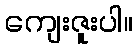
ကျေးဇူးပါ။